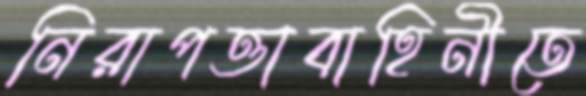
নিরাপত্তাবাহিনীতে